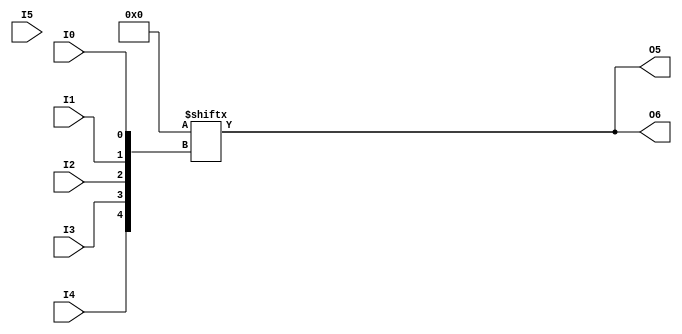
module LUT6_2 (O5, O6, I0, I1, I2, I3, I4, I5);

  parameter INIT = 64'h0000000000000000;

  input I0, I1, I2, I3, I4, I5;

  output O5, O6;

  reg [63:0] init_reg = INIT;
  reg [31:0] init_l, init_h;
  reg O_l, O_h, tmp;
  reg O5, O6;
  
  initial begin
     init_l = init_reg[31:0];
     init_h = init_reg[63:32];
  end

  always @(I5 or O_l or O_h) begin
    O5 = O_l;
    if (I5 == 1)
      O6 = O_h;
    else if (I5 == 0)
      O6 = O_l;
    else begin
      if (O_h == 0 && O_l == 0)
         O6 = 1'b0;
      else if (O_h == 1 && O_l == 1)
         O6 = 1'b1;
      else
         O6 = 1'bx;
      end
   end
   

  always @( I4 or I3 or  I2 or  I1 or  I0 )  begin
    tmp =  I0 ^ I1  ^ I2 ^ I3 ^ I4;
    if ( tmp == 0 || tmp == 1) begin
        O_l = init_l[{I4, I3, I2, I1, I0}];
        O_h = init_h[{I4, I3, I2, I1, I0}];
    end
    else begin
      O_l =  lut4_mux4 ( 
                        { lut6_mux8 ( init_l[31:24], {I2, I1, I0}),
                          lut6_mux8 ( init_l[23:16], {I2, I1, I0}),
                          lut6_mux8 ( init_l[15:8], {I2, I1, I0}),
                          lut6_mux8 ( init_l[7:0], {I2, I1, I0}) }, { I4, I3});
      O_h =  lut4_mux4 ( 
                        { lut6_mux8 ( init_h[31:24], {I2, I1, I0}),
                          lut6_mux8 ( init_h[23:16], {I2, I1, I0}),
                          lut6_mux8 ( init_h[15:8], {I2, I1, I0}),
                          lut6_mux8 ( init_h[7:0], {I2, I1, I0}) }, { I4, I3});
     end
    end

  function lut6_mux8;
  input [7:0] d;
  input [2:0] s;
   
  begin

       if ((s[2]^s[1]^s[0] ==1) || (s[2]^s[1]^s[0] ==0))
           
           lut6_mux8 = d[s];

         else
           if ( ~(|d))
                 lut6_mux8 = 1'b0;
           else if ((&d))
                 lut6_mux8 = 1'b1;
           else if (((s[1]^s[0] ==1'b1) || (s[1]^s[0] ==1'b0)) && (d[{1'b0,s[1:0]}]===d[{1'b1,s[1:0]}]))
                 lut6_mux8 = d[{1'b0,s[1:0]}];
           else if (((s[2]^s[0] ==1) || (s[2]^s[0] ==0)) && (d[{s[2],1'b0,s[0]}]===d[{s[2],1'b1,s[0]}]))
                 lut6_mux8 = d[{s[2],1'b0,s[0]}];
           else if (((s[2]^s[1] ==1) || (s[2]^s[1] ==0)) && (d[{s[2],s[1],1'b0}]===d[{s[2],s[1],1'b1}]))
                 lut6_mux8 = d[{s[2],s[1],1'b0}];
           else if (((s[0] ==1) || (s[0] ==0)) && (d[{1'b0,1'b0,s[0]}]===d[{1'b0,1'b1,s[0]}]) &&
              (d[{1'b0,1'b0,s[0]}]===d[{1'b1,1'b0,s[0]}]) && (d[{1'b0,1'b0,s[0]}]===d[{1'b1,1'b1,s[0]}]))
                 lut6_mux8 = d[{1'b0,1'b0,s[0]}];
           else if (((s[1] ==1) || (s[1] ==0)) && (d[{1'b0,s[1],1'b0}]===d[{1'b0,s[1],1'b1}]) &&
              (d[{1'b0,s[1],1'b0}]===d[{1'b1,s[1],1'b0}]) && (d[{1'b0,s[1],1'b0}]===d[{1'b1,s[1],1'b1}]))
                 lut6_mux8 = d[{1'b0,s[1],1'b0}];
           else if (((s[2] ==1) || (s[2] ==0)) && (d[{s[2],1'b0,1'b0}]===d[{s[2],1'b0,1'b1}]) &&
              (d[{s[2],1'b0,1'b0}]===d[{s[2],1'b1,1'b0}]) && (d[{s[2],1'b0,1'b0}]===d[{s[2],1'b1,1'b1}]))
                 lut6_mux8 = d[{s[2],1'b0,1'b0}];
           else
                 lut6_mux8 = 1'bx;
   end
  endfunction


  function lut4_mux4;
  input [3:0] d;
  input [1:0] s;
   
  begin

       if ((s[1]^s[0] ==1) || (s[1]^s[0] ==0))

           lut4_mux4 = d[s];

         else if ((d[0] === d[1]) && (d[2] === d[3])  && (d[0] === d[2]) )
           lut4_mux4 = d[0];
         else if ((s[1] == 0) && (d[0] === d[1]))
           lut4_mux4 = d[0];
         else if ((s[1] == 1) && (d[2] === d[3]))
           lut4_mux4 = d[2];
         else if ((s[0] == 0) && (d[0] === d[2]))
           lut4_mux4 = d[0];
         else if ((s[0] == 1) && (d[1] === d[3]))
           lut4_mux4 = d[1];
         else
           lut4_mux4 = 1'bx;

   end
  endfunction

endmodule